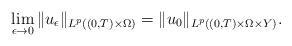
LaTeX: \begin{align*}\lim_{\epsilon\to 0}\|u_{\epsilon}\|_{L^p((0,T)\times \Omega)} =\|u_0\|_{L^p((0,T)\times \Omega \times Y)} .\end{align*}